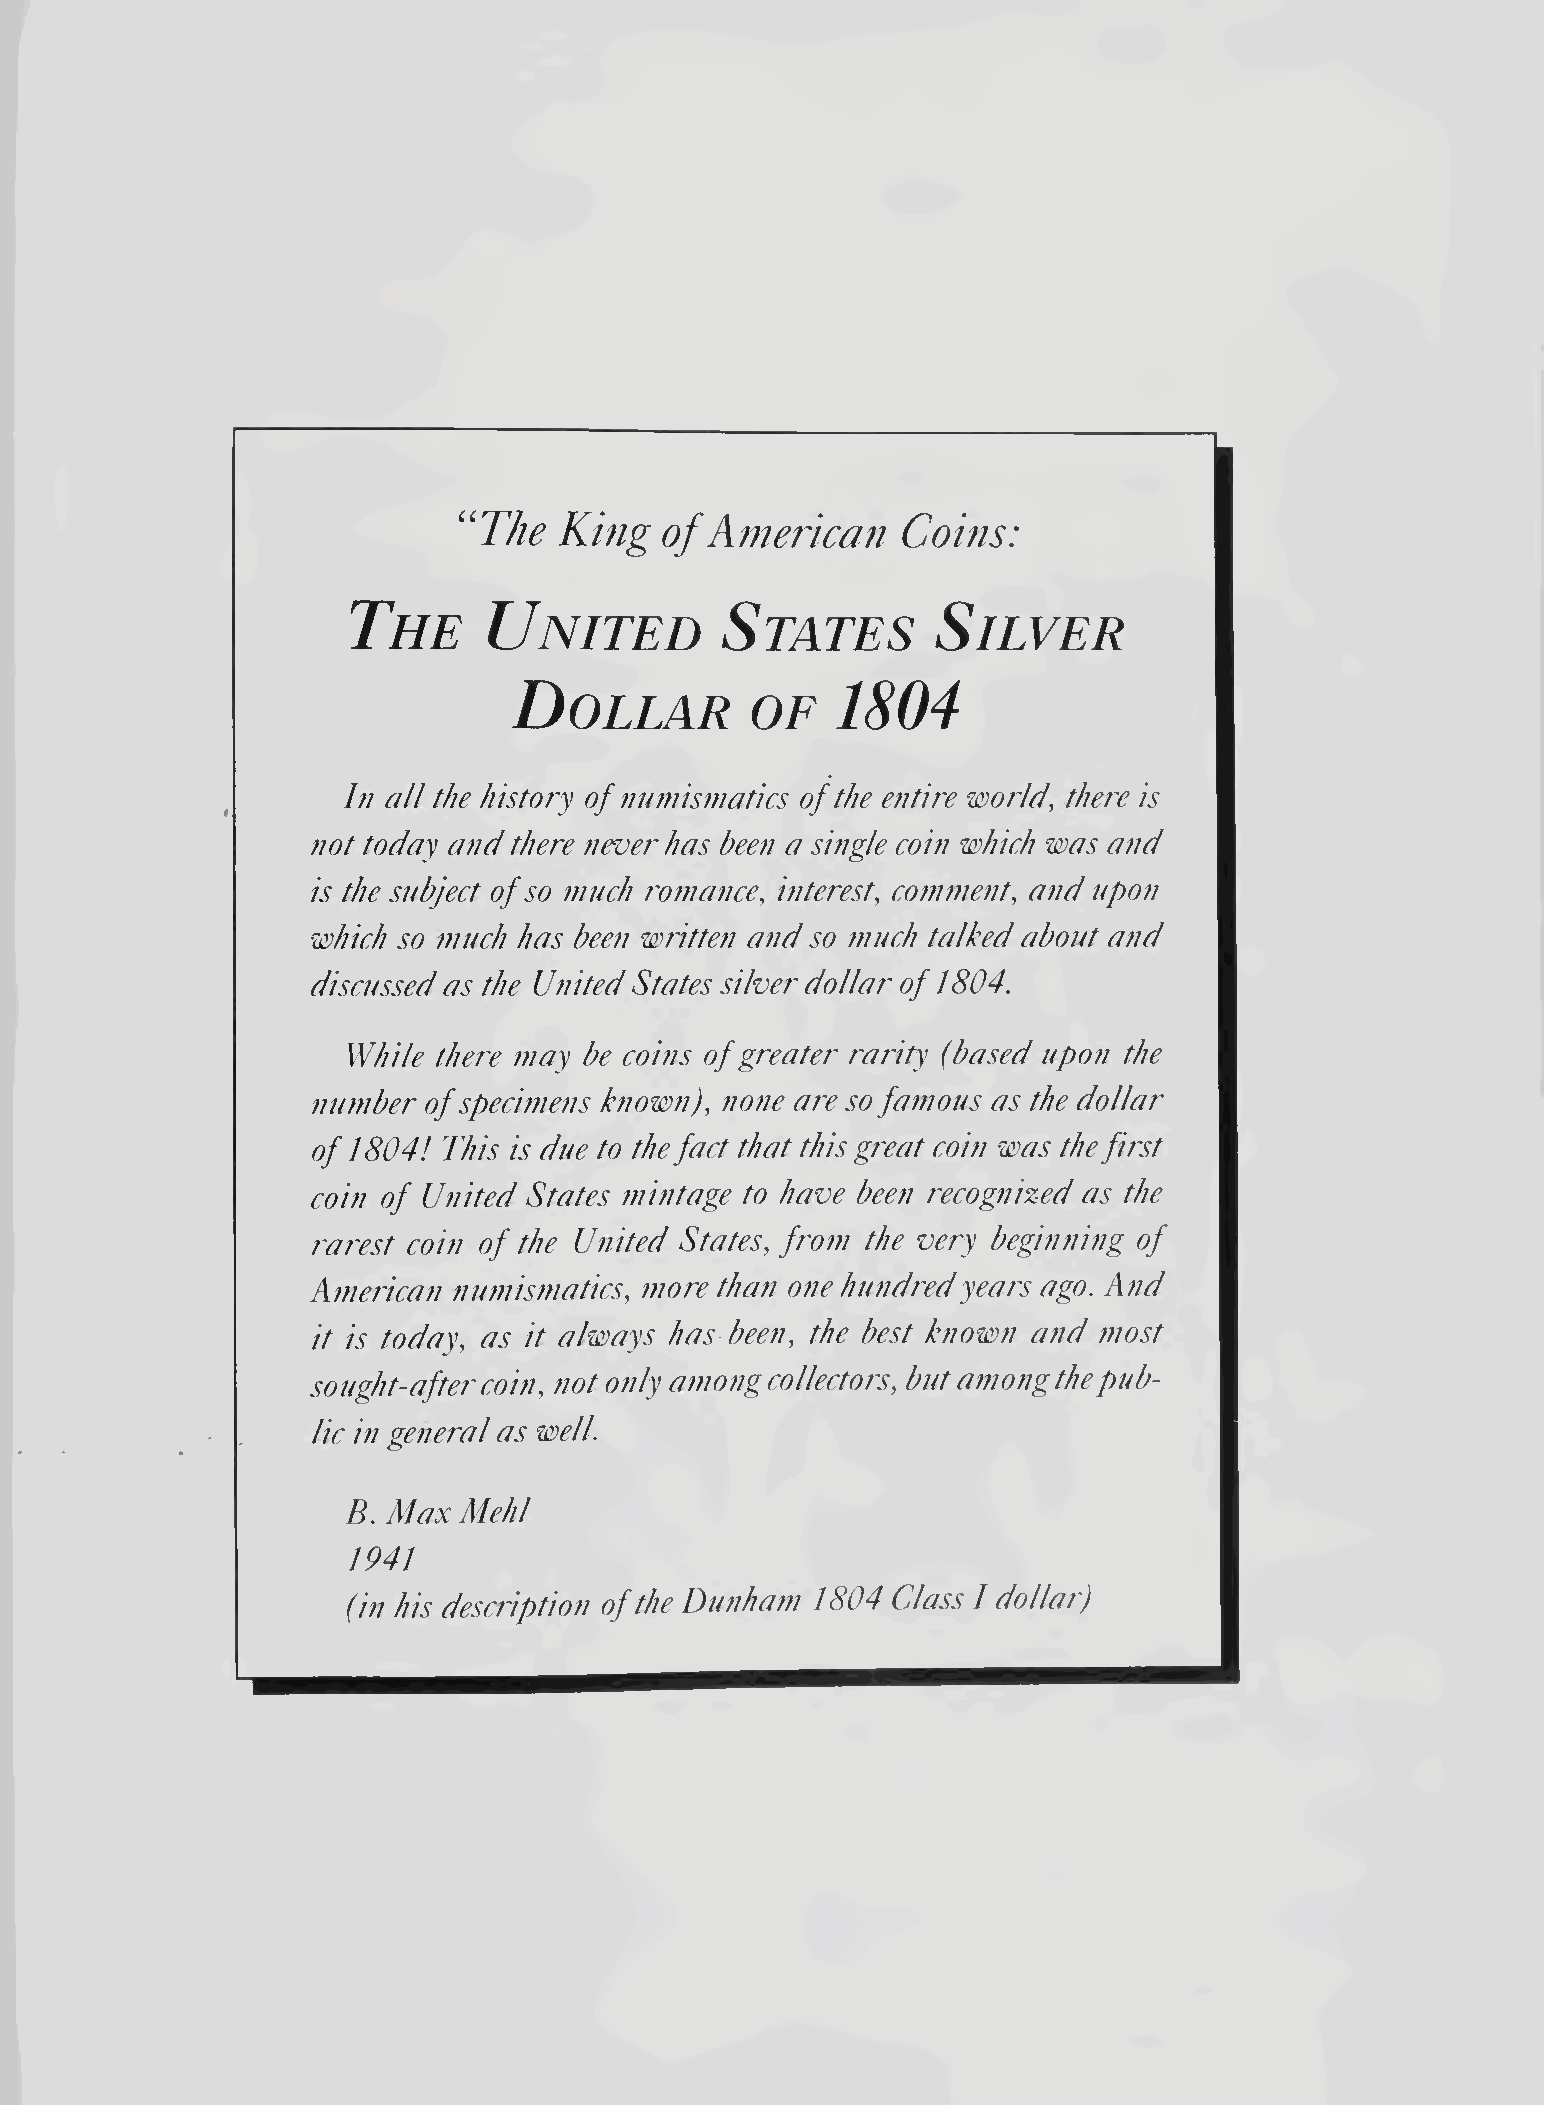
‘'The  King   of American     Coins:
 The      United          States        Silver
 1804
 Dollar          oe
 hi all the history of numismatics of the entire world, there is
 not today and there never has been a single coin which was and
 is the subject of so much romance, interest, comment, and upon
 which so much has been written and so much talked about and
 discussed as the United States silver dollar of 1804.
 While there may be coins of greater rarity (based upon the
 number of specimens known), none are so famous as the dollar
 of 1804! This is due to the fact that this great coin was the first
 coin of United States mintage to have been recognized as the
 rarest coin of the United States, from the very beginning of
 American numismatics, more than one hundred years ago. And
 it is today, as it always has been, the best known and most
 sought-after coin, not only among collectors, but among the pub¬
 lic in general as well.
 B. Max Mehl
 1941
 (in his description of the Dunham 1804 Class I dollar)